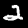
Digit: 2